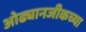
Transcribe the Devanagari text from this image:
ओढ्यानजीकच्या